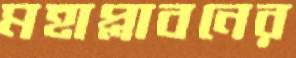
মহাপ্লাবনের